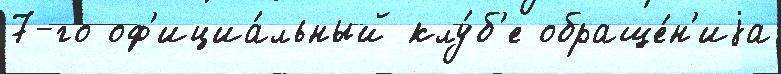
7-го оф'ициа́льный клу́б'е обраще́н'иjа